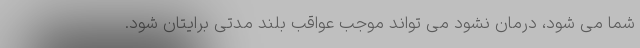
شما می شود، درمان نشود می تواند موجب عواقب بلند مدتی برایتان شود.